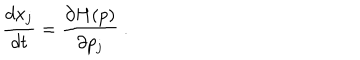
LaTeX: \frac { d x _ { j } } { d t } = \frac { \partial H ( p ) } { \partial p _ { j } } ~ .